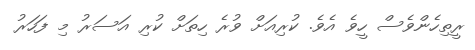
ރީތިހެންވެސް ހީވެ އެވެ. ކުރިއަށް ވުރެ ހިތަށް ކުރި އަސަރު މި ފަހަރު